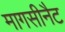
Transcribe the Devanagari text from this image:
मागसीनैट